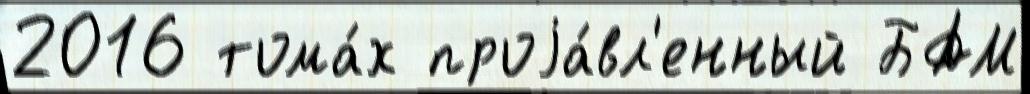
2016 тома́х проjа́вл'енный БАМ